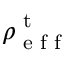
\rho _ { \textrm { e f f } } ^ { \textrm { t } }